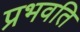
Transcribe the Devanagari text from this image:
प्रभवति